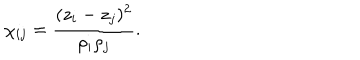
LaTeX: \chi _ { i j } = { \frac { ( z _ { i } - z _ { j } ) ^ { 2 } } { \rho _ { i } \rho _ { j } } } .